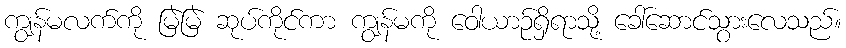
ကျွန်မလက်ကို မြဲမြဲ ဆုပ်ကိုင်ကာ ကျွန်မကို ဝေါယာဉ်ရှိရာသို့ ခေါ်ဆောင်သွားလေသည်။